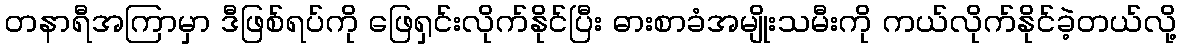
တနာရီအကြာမှာ ဒီဖြစ်ရပ်ကို ဖြေရှင်းလိုက်နိုင်ပြီး ဓားစာခံအမျိုးသမီးကို ကယ်လိုက်နိုင်ခဲ့တယ်လို့